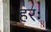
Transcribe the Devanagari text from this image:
हरः।